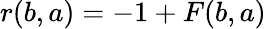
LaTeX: r(b,a)=-1+F(b,a)